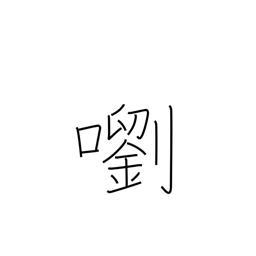
Meaning: a clear sound